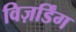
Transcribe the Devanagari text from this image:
विज़र्डिंग